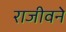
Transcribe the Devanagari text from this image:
राजीवने